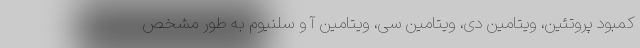
کمبود پروتئین، ویتامین دی، ویتامین سی، ویتامین آ و سلنیوم به طور مشخص